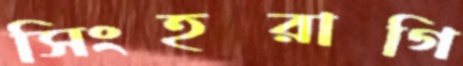
সিংহরাগি